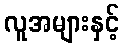
လူအများနှင့်